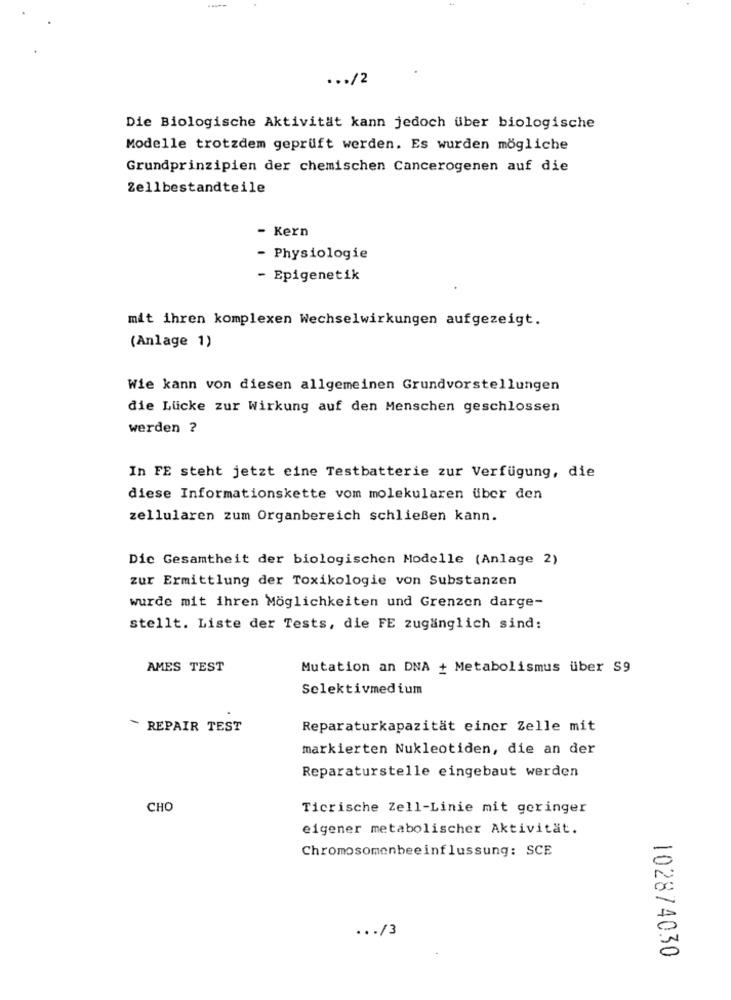
...
... /2
Die Biologische Aktivität kann jedoch über biologische
Modelle trotzdem geprüft werden. Es wurden mögliche
Grundprinzipien der chemischen Cancerogenen auf die
Zellbestandteile
- Kern
- Physiologie
- Epigenetik
mit ihren komplexen Wechselwirkungen aufgezeigt.
(Anlage 1)
Wie kann von diesen allgemeinen Grundvorstellungen
die Lücke zur Wirkung auf den Menschen geschlossen
werden ?
In FE steht jetzt eine Testbatterie zur Verfügung, die
diese Informationskette vom molekularen über den
zellularen zum Organbereich schließen kann.
Dic Gesamtheit der biologischen Modelle (Anlage 2)
zur Ermittlung der Toxikologie von Substanzen
wurde mit ihren Möglichkeiten und Grenzen darge-
stellt. Liste der Tests, die FE zugänglich sind:
AMES TEST
Mutation an DNA + Metabolismus über S9
Selektivmedium
- REPAIR TEST
Reparaturkapazität einer Zelle mit
markierten Nukleotiden, die an der
Reparaturstelle eingebaut werden
CHO
Ticrische Zell-Linie mit geringer
eigener metabolischer Aktivität.
Chromosomenbeeinflussung: SCE
... /3
102874030